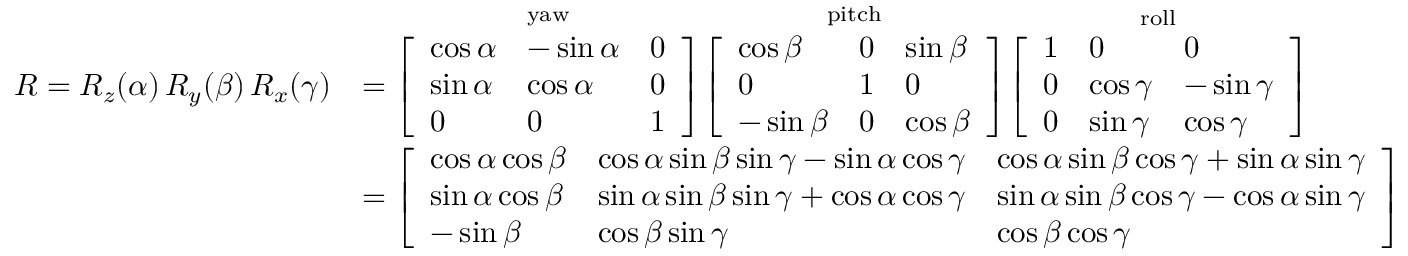
{ \begin{array} { r l } { R = R _ { z } ( \alpha ) \, R _ { y } ( \beta ) \, R _ { x } ( \gamma ) } & { = { \overset { \mathrm { y a w } } { \left[ \begin{array} { l l l } { \cos \alpha } & { - \sin \alpha } & { 0 } \\ { \sin \alpha } & { \cos \alpha } & { 0 } \\ { 0 } & { 0 } & { 1 } \end{array} \right] } } { \overset { \mathrm { p i t c h } } { \left[ \begin{array} { l l l } { \cos \beta } & { 0 } & { \sin \beta } \\ { 0 } & { 1 } & { 0 } \\ { - \sin \beta } & { 0 } & { \cos \beta } \end{array} \right] } } { \overset { \mathrm { r o l l } } { \left[ \begin{array} { l l l } { 1 } & { 0 } & { 0 } \\ { 0 } & { \cos \gamma } & { - \sin \gamma } \\ { 0 } & { \sin \gamma } & { \cos \gamma } \end{array} \right] } } } \\ & { = { \left[ \begin{array} { l l l } { \cos \alpha \cos \beta } & { \cos \alpha \sin \beta \sin \gamma - \sin \alpha \cos \gamma } & { \cos \alpha \sin \beta \cos \gamma + \sin \alpha \sin \gamma } \\ { \sin \alpha \cos \beta } & { \sin \alpha \sin \beta \sin \gamma + \cos \alpha \cos \gamma } & { \sin \alpha \sin \beta \cos \gamma - \cos \alpha \sin \gamma } \\ { - \sin \beta } & { \cos \beta \sin \gamma } & { \cos \beta \cos \gamma } \end{array} \right] } } \end{array} }